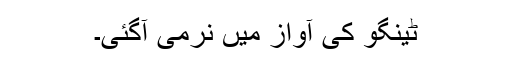
ٹینگو کی آواز میں نرمی آگئی۔